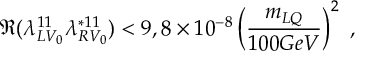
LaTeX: \Re ( \lambda _ { L V _ { 0 } } ^ { 1 1 } \lambda _ { R V _ { 0 } } ^ { * 1 1 } ) < 9 , 8 \times 1 0 ^ { - 8 } \left( \frac { m _ { L Q } } { 1 0 0 G e V } \right) ^ { 2 } \; ,